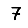
Digit: 7